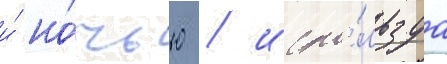
и́ но́чью / испо́льзуа